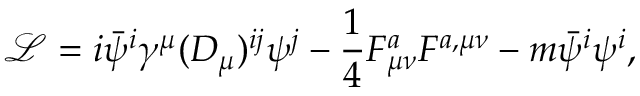
{ \mathcal { L } } = i { \bar { \psi } } ^ { i } \gamma ^ { \mu } ( D _ { \mu } ) ^ { i j } \psi ^ { j } - { \frac { 1 } { 4 } } F _ { \mu \nu } ^ { a } F ^ { a , \mu \nu } - m { \bar { \psi } } ^ { i } \psi ^ { i } ,